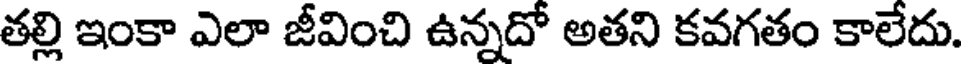
తల్లి ఇంకా ఎలా జీవించి ఉన్నదో అతని కవగతం కాలేదు.